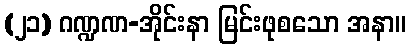
(၂၁) ဂဏ္ဍဏ-အိုင်းနာ မြင်းဖုစသော အနာ။